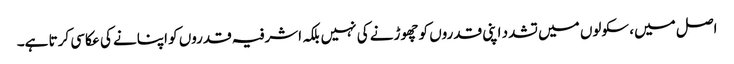
اصل میں، سکولوں میں تشدد اپنی قدروں کو چھوڑنے کی نہیں بلکہ اشرفیہ قدروں کو اپنانے کی عکاسی کرتا ہے۔